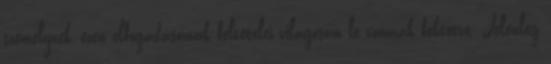
személynek, ezen elfogadásának feltételei világosan le vannak fektetve. Jelenleg